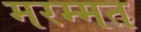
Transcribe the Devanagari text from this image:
मरम्मत